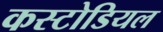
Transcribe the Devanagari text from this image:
कस्टोडियल